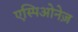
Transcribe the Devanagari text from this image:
एस्पिओनेज़